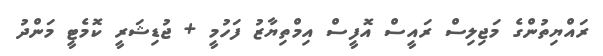
ރައްޔިތުންގެ މަޖިލިސް ރައީސް އޮފީސް އިމްތިޔާޒު ފަހުމީ + ޖުޑިޝަރީ ކޮމެޓީ މަންދު